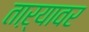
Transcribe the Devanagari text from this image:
ताऱ्यावर